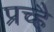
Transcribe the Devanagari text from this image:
प्रच्है